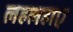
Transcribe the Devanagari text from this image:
लहलहाए